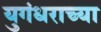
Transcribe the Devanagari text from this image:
युगंधराच्या